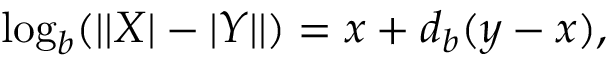
\log _ { b } ( | | X | - | Y | | ) = x + d _ { b } ( y - x ) ,